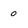
Character: 0